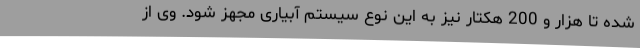
شده تا هزار و 200 هکتار نیز به این نوع سیستم آبیاری مجهز شود. وی از